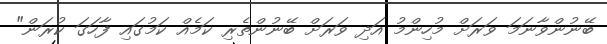
ބޭނުންވާނަމަ ވަރަށް މުހިންމު އަދި ވަރަށް ބޭނުންތެރި ކަމެއް ކަމުގައި ފާހަގަ ކުރަން"